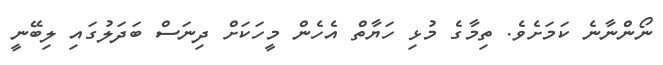
ނޯންނާނެ ކަމަށެވެ. ތިމާގެ މުޅި ހަޔާތް އެހެން މީހަކަށް ދިނަސް ބަދަލުގައި ލިބޭނީ